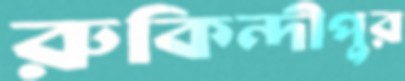
রুকিন্দীপুর